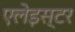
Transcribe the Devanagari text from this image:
एलेइस्टर